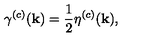
\gamma ^ { ( c ) } ( { \bf k } ) = \frac { 1 } { 2 } \eta ^ { ( c ) } ( { \bf k } ) ,